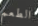
الطعم